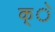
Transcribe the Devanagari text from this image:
क्े